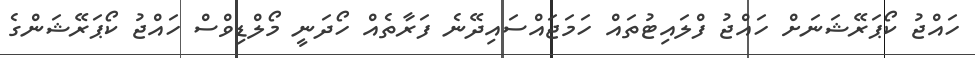
ހައްޖު ކޯޕަރޭޝަނަށް ހައްޖު ފްލައިޓުތައް ހަމަޖައްސައިދޭނެ ފަރާތެއް ހޯދަނީ މޯލްޑިވްސް ހައްޖު ކޯޕަރޭޝަންގެ